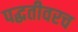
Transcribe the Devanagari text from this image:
पद्धतीवरच